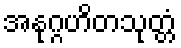
အနုဂ္ဂဟိတသုတ္တံ